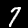
Digit: 7